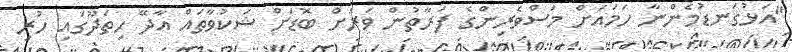
"އަޅުގަނޑުމެންނާ ހަމައަށް މަސްވެރިންގެ ފަރާތުން ވަރަށް ބޮޑަށް ޝަކުވާތައް އާދޭ ހިތަދޫގައި ހުރި